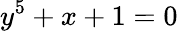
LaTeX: y^{5}+x+1=0